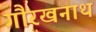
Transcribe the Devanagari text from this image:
गौरखनाथ